Vaccine operations Central Provinces 1900-1911 - 1900-1911
Year: 1900
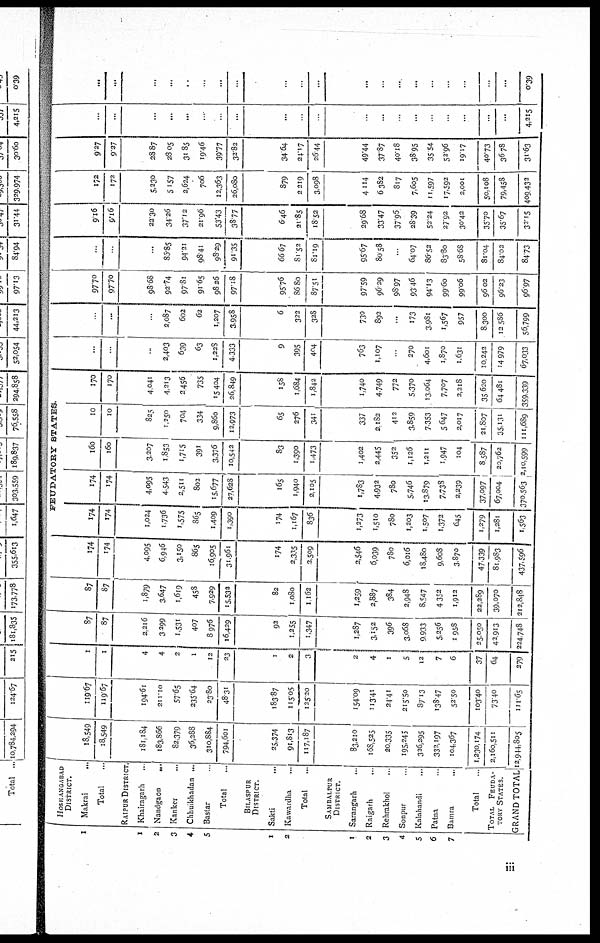
1
1
2
3
4
5
1
2
1
2
3
4
5
6
7
HOSHANGABAD
DISTRICT.
Makrai...
Total...
RAIPUR DISTRICT.
Khairagarh..
Nandgaon...
Kanker...
Chhuikhadan...
Bastar...
Total...
BlLASPUR
DISTRICT.
Sakti...
Kawardha...
Total...
SAMBALPUR
DISTRICT.
Sarangarh...
Raigarh..
Rehrakhol...
Sonpur.
Kalahandi...
Patna...
Bamra...
Total...
TOTAL FEUDA-
---- STATES.
GRAND TOTAL
18,549
18,549
181,184
183,866
82,379
36,288
310,884
794,601
25,374
91,813
117,187
83,210
168,525
20,335
195,245
326,295
332,197
104,367
1,230,174
2,160,511
12,944,805
119.67
119.67
194.61
211.10
57.65
235.64
23.80
48.31
183.87
115.05
125.20
154.09
113.41
24.41
215.50
87.13
138.47
52.50
103.40
73.40
111.65
1
1
4
4
2
1
12
23
1
2
3
2
4
1
5
12
7
6
37
64
279
87
87
2,216
3,299
1,531
407
8,976
16,429
92
1,255
1,347
1,287
3,152
396
3,068
9,933
5,256
1,958
25,050
42,913
224,748
87
87
1,879
3,647
1,619
458
7,929
15,532
82
1,080
1,162
1,259
2,887
384
2,948
8,547
4,352
1,912
22,289
39,070
212,848
174
174
4,095
6,946
3,150
865
16,905
31,961
174
2,335
2,509
2,546
6,039
780
6,016
18,480
9,608
3,870
47,339
81,983
437,596
FEUDATORY STATES.
174
174
1,024
1,736
1,575
865
1,409
1,390
174
1,167
836
1,273
1,510
780
1,203
1,507
1,372
645
1,279
1,281
1,563
174
174
4,095
4,543
2,511
802
15,677
27,628
165
1,940
2,105
1,783
4,932
780
5,746
13,879
7,738
2,239
37,097
67,004
370,563
160
160
3,207
1,853
1,715
391
3,376
10,542
83
1,390
1,473
1,402
2,445
352
1,126
1,211
1,947
104
8,587
20,762
2,10,599
10
10
825
1,250
704
334
9,860
12,973
65
276
341
337
2,182
412
3,859
7,353
5,647
2,017
21,807
35,131
111,689
170
170
4,041
4,213
2,456
735
15,404
26,849
158
1,684
1,842
1,740
4,749
772
5,370
13,064
7,707
3,218
35,620
64,481
359,339
...
..
...
2,403
639
63
1,228
4,333
9
395
404
763
1,107
...
270
4,601
1,870
1,631
10,242
14,979
67,033
.
...
..
2,087
602
62
1,207
3,958
6
322
328
730
892
...
173
3,981
1,567
957
8,300
12,586
56,799
97.70
97.70
98.68
92.74
97.81
91.65
98.26
97.18
95.76
86.80
87.51
97.59
96.29
98.97
93.46
94.13
99.60
99.06
96.02
96.23
96.97
...
..
...
85.85
94.21
98.41
98.29
91.35
66.67
81.52
81.19
95.67
80.58
..
64.07
86.52
83.80
58.68
81.04
84.02
84.73
9.16
9.16
22.30
34.26
37.12
21.96
53.43
38.77
6.46
21.85
18.52
29.68
33.47
37.95
28.39
52.24
27.92
30.42
35.70
35.67
32.15
172
172
5,230
5,157
2,624
706
12,363
26,080
879
2,219
3,098
4,114
6,382
817
7,605
11,597
17,592
2,001
50,108
79,458
409,432
9.27
9.27
28.87
28.05
31.85
19.46
39.77
32.82
34.64
24.17
26.44
49.44
37.87
40.18
38.95
35.54
52.96
19.17
40.73
36.78
31.63
...
...
...
...
...
...
...
...
...
.
.
...
...
...
...
...
...
..
..
...
4,215
...
...
...
...
...
...
...
...
...
...
...
...
...
...
...
...
...
...
.
...
0.39
iii